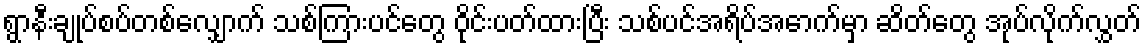
ရွာနီးချုပ်စပ်တစ်လျှောက် သစ်ကြားပင်တွေ ဝိုင်းပတ်ထားပြီး သစ်ပင်အရိပ်အောက်မှာ ဆိတ်တွေ အုပ်လိုက်လွှတ်